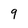
Character: 9